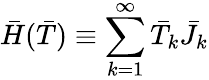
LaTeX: \bar{H}(\bar{T})\equiv\sum_{k=1}^{\infty}\bar{T}_{k}\bar{J}_{k}